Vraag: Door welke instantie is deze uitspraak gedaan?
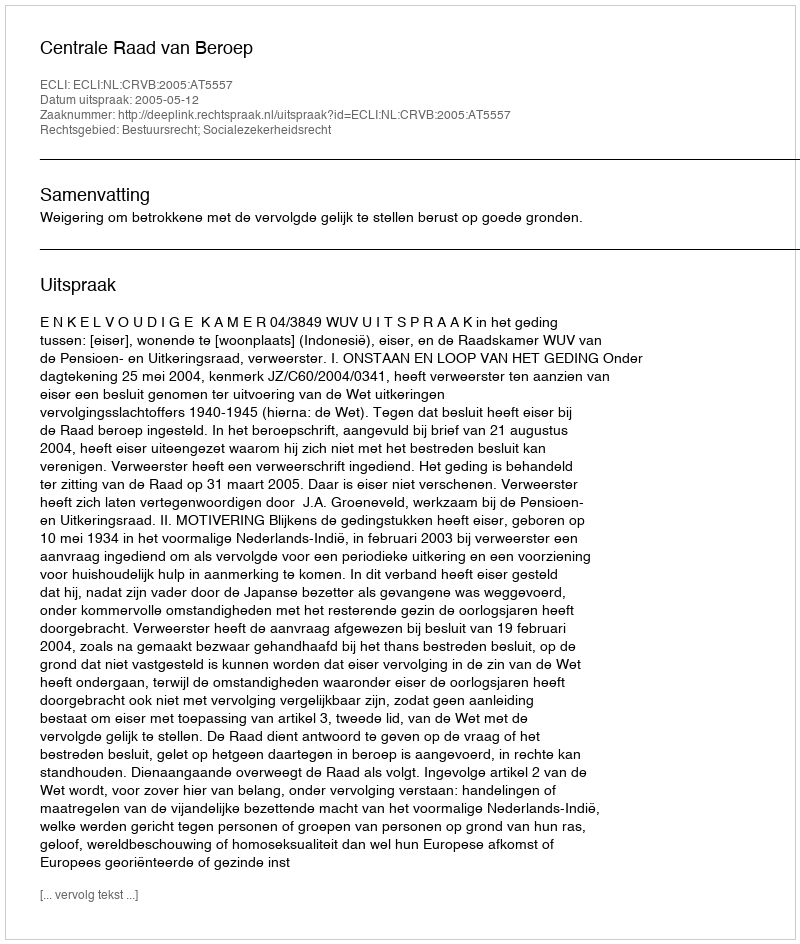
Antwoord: Centrale Raad van Beroep